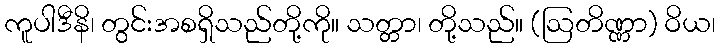
ကူပါဒီနိ၊ တွင်းအစရှိသည်တို့ကို။ သတ္တာ၊ တို့သည်။ (ဩတိဏ္ဏာ) ဝိယ၊